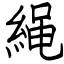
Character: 䋲